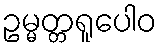
ဥမ္မတ္တရူပေါဝ